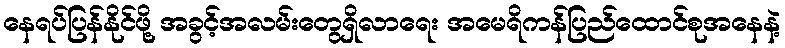
နေရပ်ပြန်နိုင်ဖို့ အခွင့်အလမ်းတွေရှိလာရေး အမေရိကန်ပြည်ထောင်စုအနေနဲ့